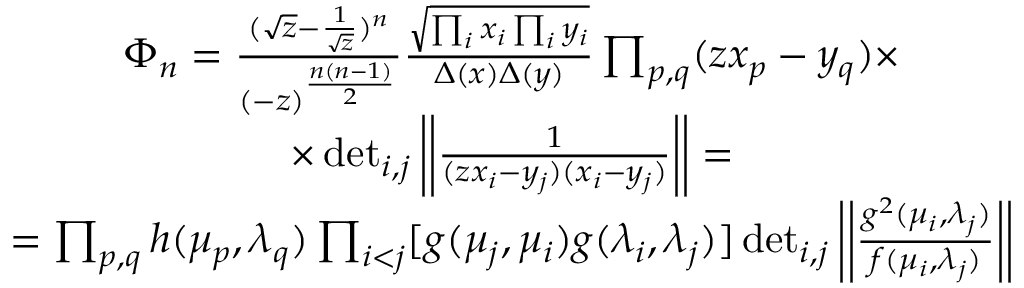
\begin{array} { c } { { \Phi _ { n } = \frac { ( \sqrt { z } - \frac { 1 } { \sqrt { z } } ) ^ { n } } { ( - z ) ^ { \frac { n ( n - 1 ) } { 2 } } } \frac { \sqrt { \prod _ { i } x _ { i } \prod _ { i } y _ { i } } } { \Delta ( x ) \Delta ( y ) } \prod _ { p , q } ( z x _ { p } - y _ { q } ) \times } } \\ { { \times \operatorname * { d e t } _ { i , j } \left| \left| \frac { 1 } { ( z x _ { i } - y _ { j } ) ( x _ { i } - y _ { j } ) } \right| \right| = } } \\ { { = \prod _ { p , q } h ( \mu _ { p } , \lambda _ { q } ) \prod _ { i < j } [ g ( \mu _ { j } , \mu _ { i } ) g ( \lambda _ { i } , \lambda _ { j } ) ] \operatorname * { d e t } _ { i , j } \left| \left| \frac { g ^ { 2 } ( \mu _ { i } , \lambda _ { j } ) } { f ( \mu _ { i } , \lambda _ { j } ) } \right| \right| } } \end{array}